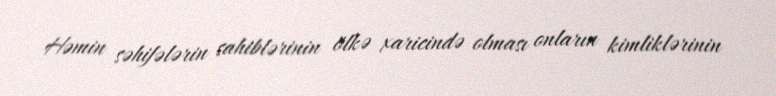
Həmin səhifələrin sahiblərinin ölkə xaricində olması onların kimliklərinin